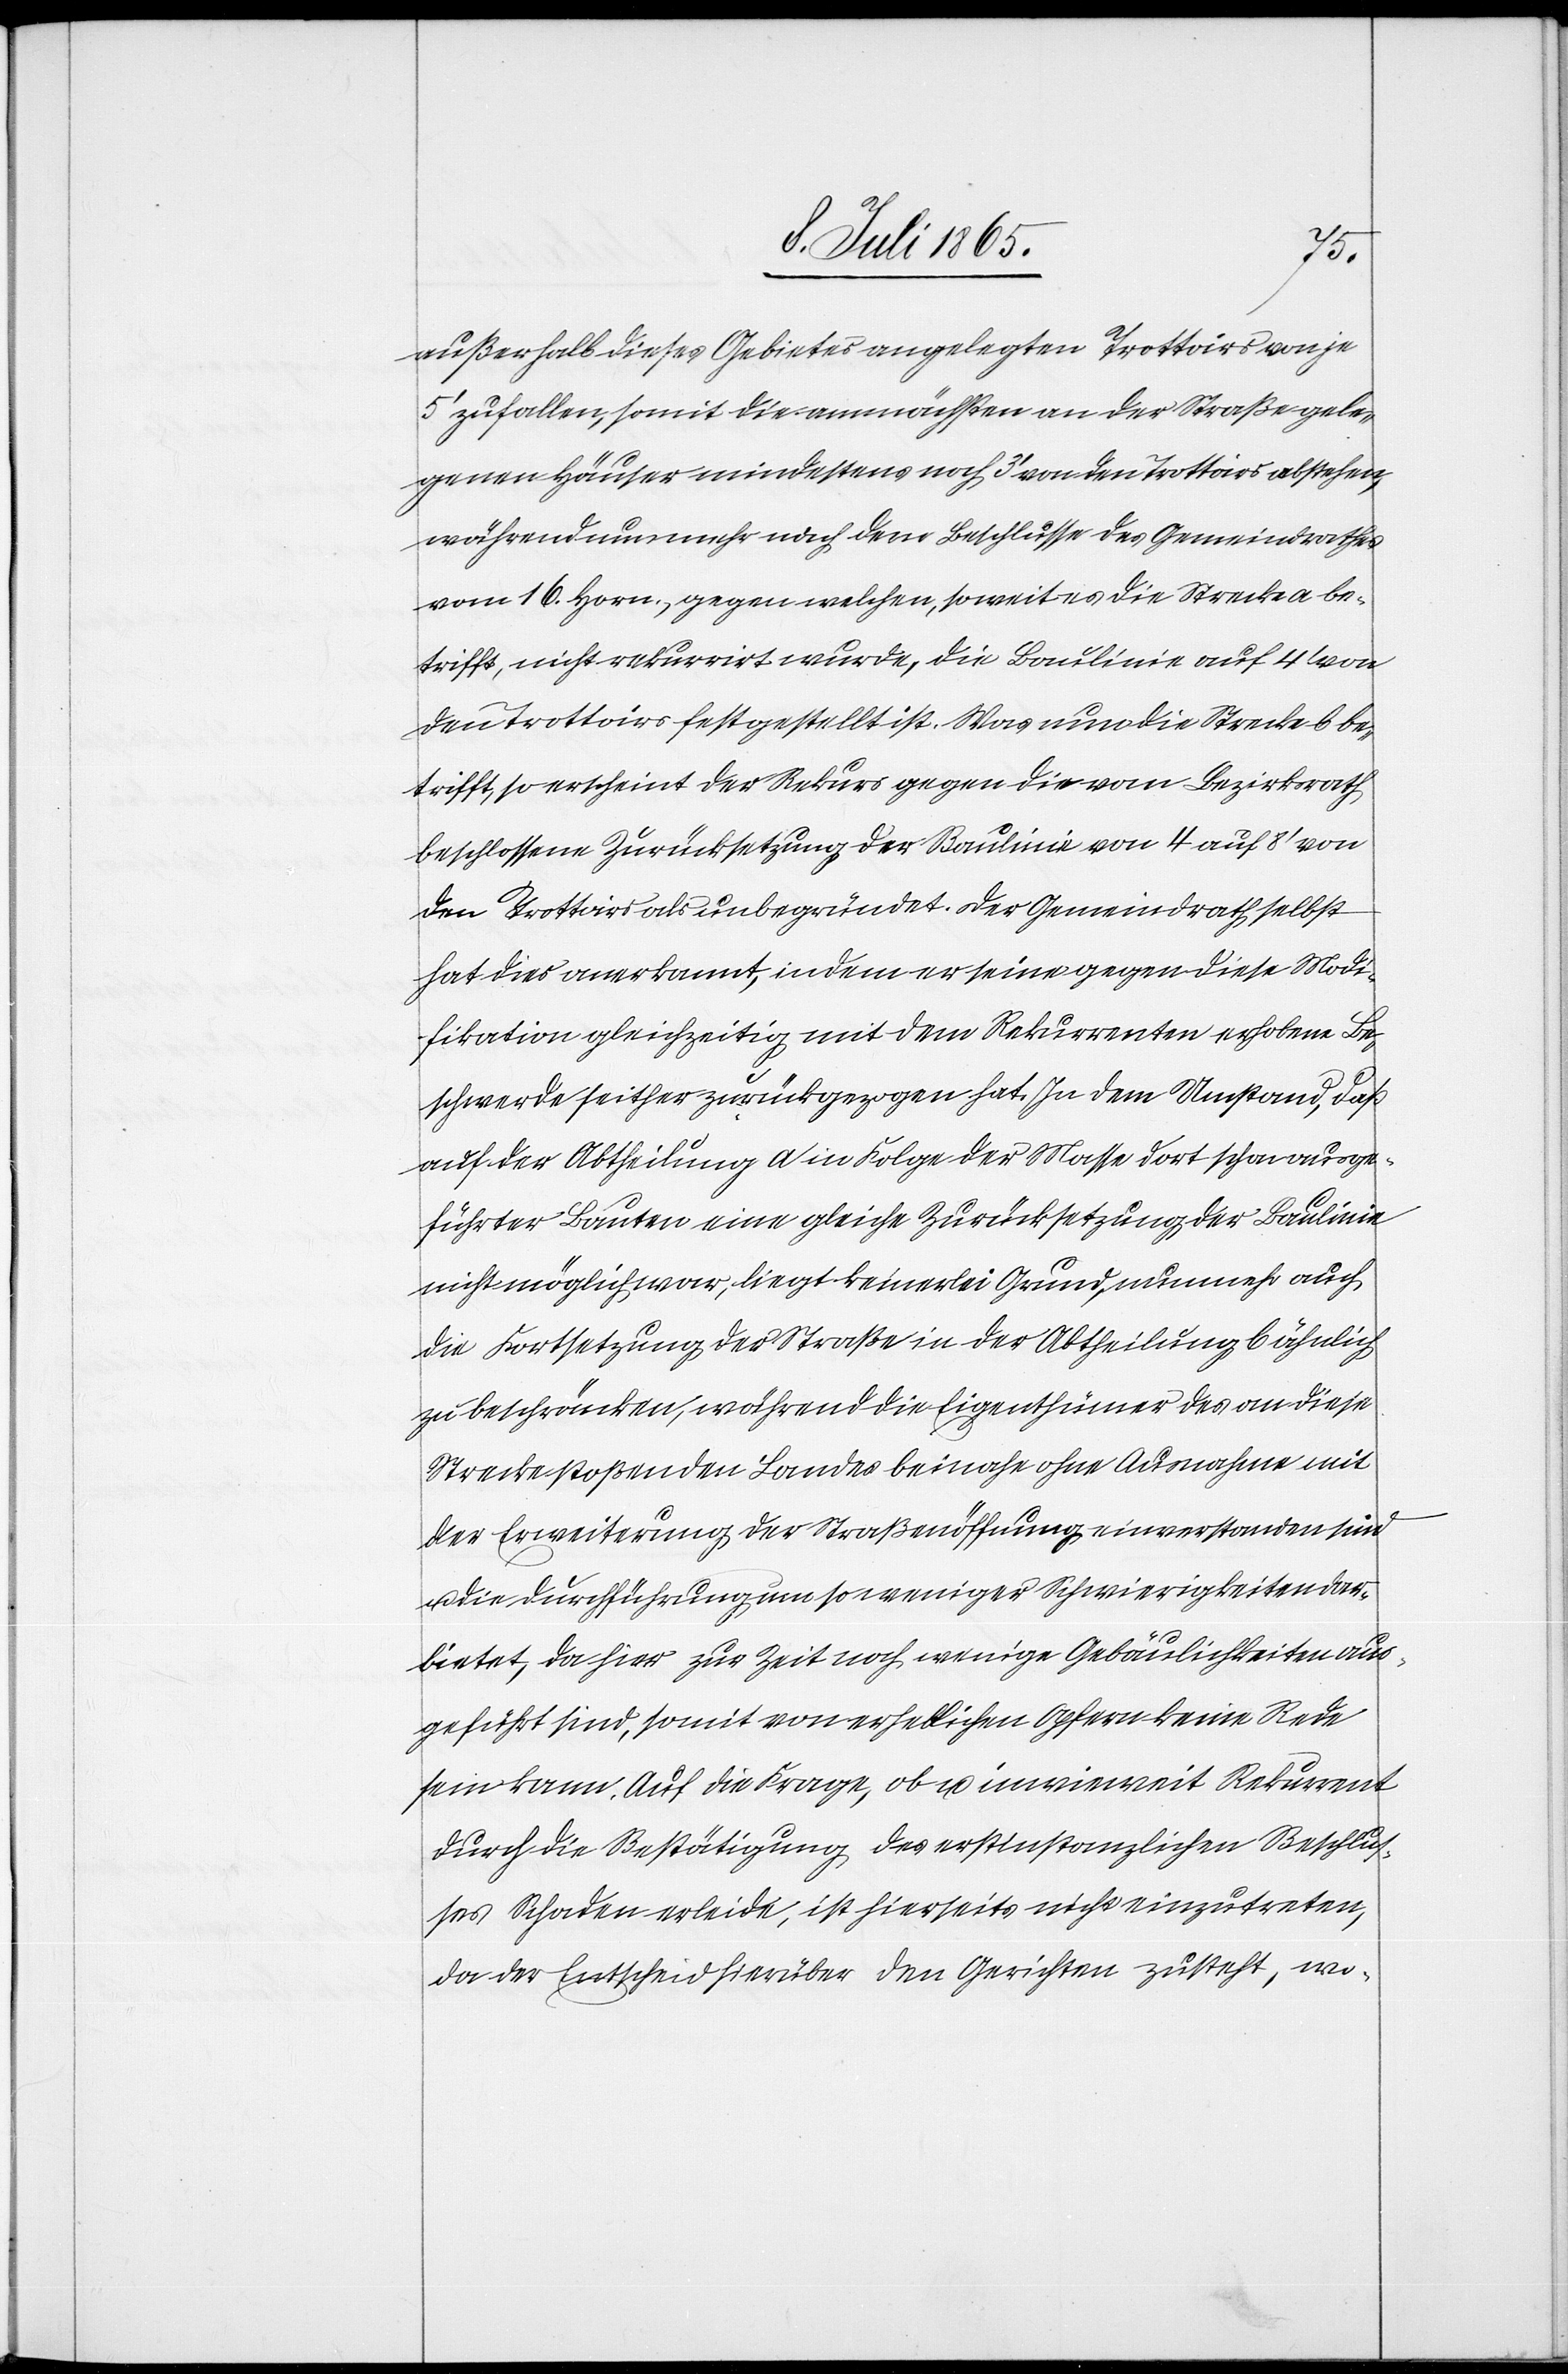
außerhalb dieses Gebietes angelegten Trottoirs von je
5’ zufallen, somit die am nächsten an der Straße gele¬
genen Häuser mindestens noch 3’ von den Trottoirs abstehen,
während nunmehr nach dem Beschlusse des Gemeindrathes
vom 16. Horn., gegen welche, so weit es die Strecke a be¬
trifft, nicht rekurrirt wurde, die Baulinie auf 4’ von
den Trottoirs festgestellt ist. Was nun die Strecke b be¬
trifft, so erscheint der Rekurs gegen die vom Bezirksrath
beschlossene Zurücksetzung der Baulinie von 4 auf 8’ von
den Trottoirs als unbegründet. Der Gemeindrath selbst
hat dies anerkannt, indem er seine gegen diese Modi¬
fikation gleichzeitig mit dem Rekurrenten erhobene Be¬
schwerde seither zurückgezogen hat. In dem Umstand, daß
auf der Abtheilung a in Folge der Masse dort schon ausge¬
führter Bauten eine gleiche Zurücksetzung der Baulinie
nicht möglich war, liegt keinerlei Grund, nunmehr auch
die Fortsetzung der Straße in der Abtheilung b ähnlich
zu beschränken, während die Eigenthümer des an diese
Strecke stoßenden Landes beinahe ohne Ausnahme mit
der Erweiterung der Straßenöffnung einverstanden sind
die Durchführung um so weniger Schwierigkeiten dar¬
bietet, da hier zur Zeit noch wenige Gebäulichkeiten aus¬
geführt sind, somit von erheblichen Opfern keine Rede
sein kann. Auf die Frage, ob u. inwieweit Rekurrent
durch die Bestätigung des erstinstanzlichen Beschlus¬
ses Schaden erleide, ist hierseits nicht einzutreten,
da der Entscheid hierüber den Gerichten zusteht, wo-